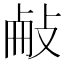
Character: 𢼾